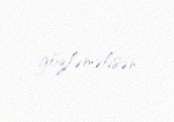
gözləməlisən.